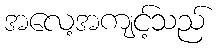
အလေ့အကျင့်သည်